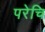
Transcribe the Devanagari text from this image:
परेचि